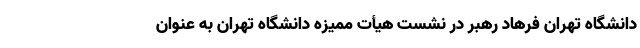
دانشگاه تهران فرهاد رهبر در نشست هیأت ممیزه دانشگاه تهران به عنوان